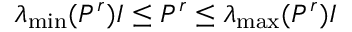
\lambda _ { \operatorname* { m i n } } ( P ^ { r } ) I \leq P ^ { r } \leq \lambda _ { \operatorname* { m a x } } ( P ^ { r } ) I